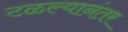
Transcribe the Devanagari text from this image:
टळल्यानंतर